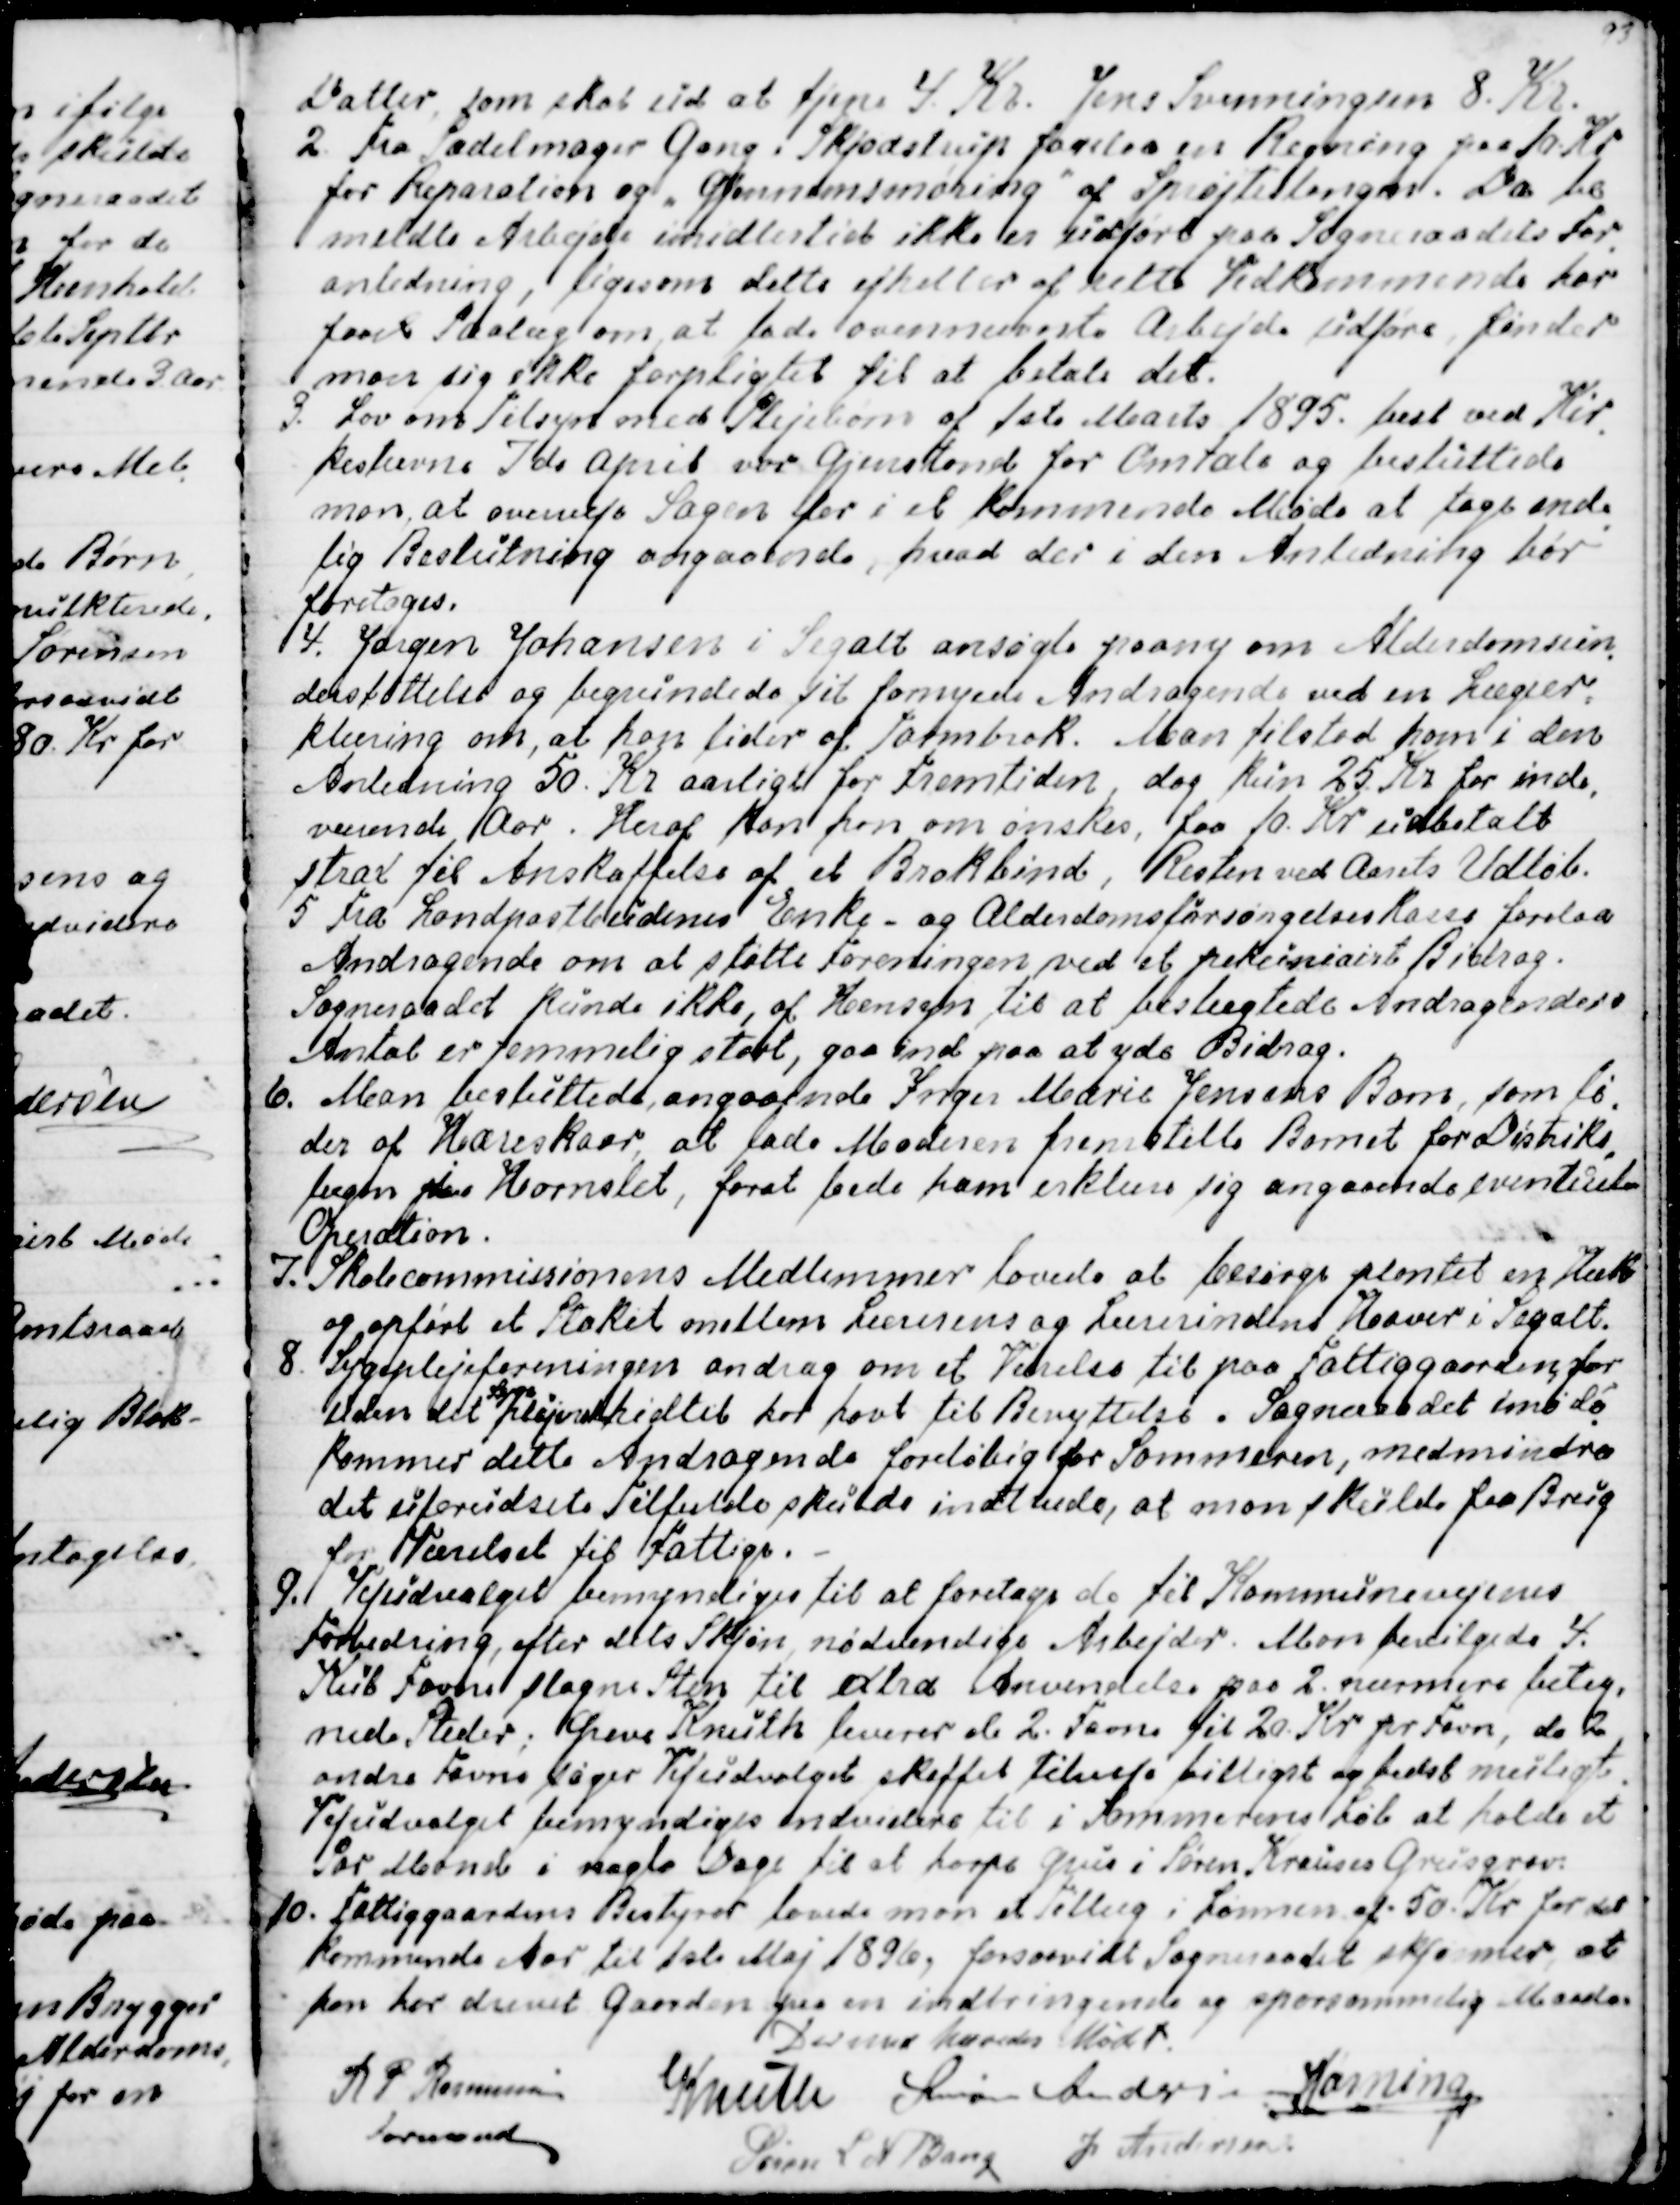
Transskription:
Datter som skal ud at tjene 4. Kr. Jens Svenningsen 8. Kr.
2. Fra Sadelmager Gang i Skjødstrup forelaa en Regning paa 10. Kr
for Reparation og "Gjennemsmøring" af Sprøjteslangen. Da be
meldte Arbejde imidlertid ikke er udført paa Sogneraadets For
-
anledning, ligesom dette ejheller af rette Vedkommende har
faaet Paalæg om at lade ovennævnte Arbejde udføre, finder
man sig ikke forpligtet til at betale det.
3. Lov om Tilsyn med Plejebørn af 1ste Marts 1895. læst ved Kir.

kestævne 7de April var Gjenstand for Omtale og besluttede
man at overveje Sagen for i et kommende Møde at tage ende
-
lig Beslutning angaaende, hvad der i den Anledning bør
foretages.
4. Jørgen Johansen i Segalt ansøgte paany om Alderdomsun
-
derstøttelse og begrundede sit fornyede Andragende med en Lægeer=
klæring om, at han lider af Tarmbrok. Man tilstod ham i den
Anledning 50. Kr aarligt for Fremtiden, dog kun 25 Kr for inde
-
værende Aar. Heraf kan han om ønskes, faa 10. Kr udbetalt
strax til Anskaffelse af et Brokbind, Resten ved Aarets Udløb.
5  Fra Landpostbudenes Enke- og Alderdomsforsørgelseskasse forelaa
Andragende om at støtte Foreningen ved et pekuniairt Bidrag.
Sogneraadet kunde ikke, af Hensyn til at beslægtede Andragenders
Antal er temmelig stort, gaa ind paa at yde Bidrag.
6. Man besluttede, angaaende Inger Marie Jensens Barn, som li
-
der af Hareskaar, at lade Moderen fremstille Barnet for Distrikts
-
lægen paa i Hornslet, forat bede ham erklære sig angaaende eventuel
Operation.
7. Skolecommissionens Medlemmer lovede at besørge plantet en Hæk
og opført et Stakit mellem Lærerens og Lærerindens Haver i Segalt.
8.  Sygeplejeforeningen androg om et Værelse til paa Fattiggaarden, for
uden det 
Syge
plejersken hidtil har havt til Benyttelse. Sogneraadet imøde
-
kommer dette Andragende foreløbig for Sommeren, medmindre
det uforudsete Tilfælde skulde indtræde, at man skulde faa Brug
for Værelset til Fattige.
9. Vejudvalget bemyndiges til at foretage de til Kommunevejenes
Forbedring, efter alles Skjøn, nødvendige Arbejder. Man bevilgede 4.
Kub Favne slagne Sten til extra Anvendelse paa 2. nærmere beteg-
nede Steder; Greve Knuth leverer de 2. Favne til 20. Kr pr Favn, de 2
andre Favne søger Vejudvalget skaffet tilveje billigst og bedst muligt.
Vejudvalget bemyndiges endvidere til i Sommerens Løb at holde et
Par Mand i nogle Dage til at harpe Grus i Søren Krauses Grusgrav.
10. Fattiggaardens Bestyrer lovede man et Tillæg i Lønnen af. 50. Kr for det
kommende Aar til 1ste Maj 1896, forsaavidt Sogneraadet skjønner at
han har drevet Gaarden paa en indbringende og sparsommelig Maade.
Dermed hævedes Mødet.
R P Rasmussen
Formand
Knuth
Simon Andersen
Hørning
Søren L N Bang
J Andersen.